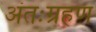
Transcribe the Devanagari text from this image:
अंतःग्रहण